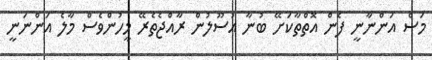
މަސް އަންނާނީ ފެން އޮތްތާކަށޭ ބުނާ އުސޫލުން ރާއްޖެތެރޭ މީހުންވެސް މާލެ އަންނަނީ